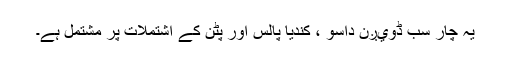
یہ چار سب ڈويږن داسُو ، کندیا پالس اور پٹن کے اشتملات پر مشتمل ہے۔